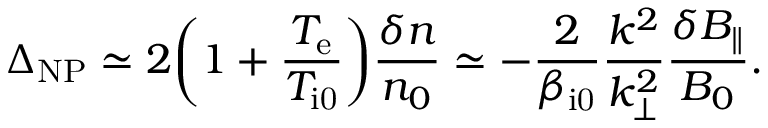
\Delta _ { \mathrm { N P } } \simeq 2 \biggl ( 1 + \frac { T _ { \mathrm { e } } } { T _ { \mathrm { i 0 } } } \biggr ) \frac { \delta n } { n _ { 0 } } \simeq - \frac { 2 } { \beta _ { \mathrm { i 0 } } } \frac { k ^ { 2 } } { k _ { \perp } ^ { 2 } } \frac { \delta B _ { \parallel } } { B _ { 0 } } .